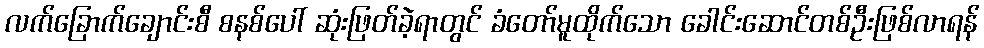
လက်ခြောက်ချောင်းစီ စနစ်ပေါ် ဆုံးဖြတ်ခဲ့ရာတွင် ခံတော်မူထိုက်သော ခေါင်းဆောင်တစ်ဦးဖြစ်လာရန်